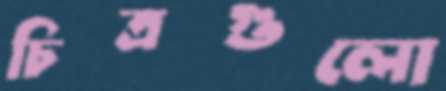
চিত্রগুলো